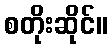
စတိုးဆိုင်။